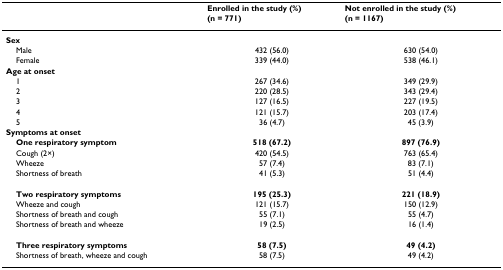
<table><thead><tr><td></td><td><b>Enrolled in the study (%)(n = 771)</b></td><td><b>Not enrolled in the study (%)(n = 1167)</b></td></tr></thead><tbody><tr><td><b>Sex</b></td><td></td><td></td></tr><tr><td> Male</td><td>432 (56.0)</td><td>630 (54.0)</td></tr><tr><td> Female</td><td>339 (44.0)</td><td>538 (46.1)</td></tr><tr><td><b>Age at onset</b></td><td></td><td></td></tr><tr><td> 1</td><td>267 (34.6)</td><td>349 (29.9)</td></tr><tr><td> 2</td><td>220 (28.5)</td><td>343 (29.4)</td></tr><tr><td> 3</td><td>127 (16.5)</td><td>227 (19.5)</td></tr><tr><td> 4</td><td>121 (15.7)</td><td>203 (17.4)</td></tr><tr><td> 5</td><td>36 (4.7)</td><td>45 (3.9)</td></tr><tr><td><b>Symptoms at onset</b></td><td></td><td></td></tr><tr><td> <b>One respiratory symptom</b></td><td><b>518 (67.2)</b></td><td><b>897 (76.9)</b></td></tr><tr><td> Cough (2×)</td><td>420 (54.5)</td><td>763 (65.4)</td></tr><tr><td> Wheeze</td><td>57 (7.4)</td><td>83 (7.1)</td></tr><tr><td> Shortness of breath</td><td>41 (5.3)</td><td>51 (4.4)</td></tr><tr><td> <b>Two respiratory symptoms</b></td><td><b>195 (25.3)</b></td><td><b>221 (18.9)</b></td></tr><tr><td> Wheeze and cough</td><td>121 (15.7)</td><td>150 (12.9)</td></tr><tr><td> Shortness of breath and cough</td><td>55 (7.1)</td><td>55 (4.7)</td></tr><tr><td> Shortness of breath and wheeze</td><td>19 (2.5)</td><td>16 (1.4)</td></tr><tr><td> <b>Three respiratory symptoms</b></td><td><b>58 (7.5)</b></td><td><b>49 (4.2)</b></td></tr><tr><td> Shortness of breath, wheeze and cough</td><td>58 (7.5)</td><td>49 (4.2)</td></tr></tbody></table>